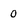
Character: 0